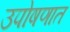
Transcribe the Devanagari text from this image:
उपोषणात